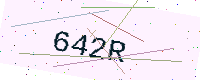
Text: 642R